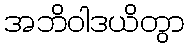
အဘိဝါဒယိတွာ